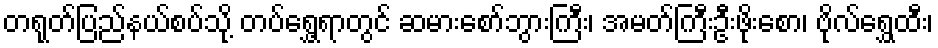
တရုတ်ပြည်နယ်စပ်သို့ တပ်ရွှေ့ရာတွင် ဆမားစော်ဘွားကြီး၊ အမတ်ကြီးဦးဖိုးစော၊ ဗိုလ်ရွှေထီး၊